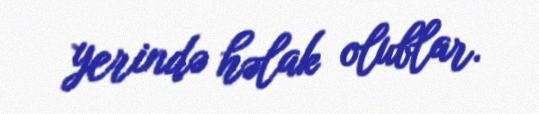
yerində həlak olublar.